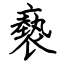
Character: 褻